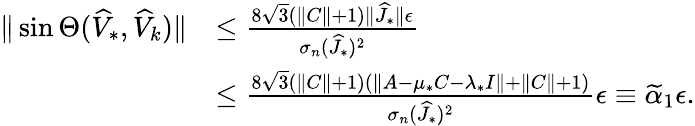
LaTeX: \begin{array}{rl}{\| \sin\Theta(\widehat{V}_{*},\widehat{V}_{k})\| }&{\leq\frac{8\sqrt{3}(\| C\| +1)\| \widehat{J}_{*}\| \epsilon}{\sigma_{n}(\widehat{J}_{*})^{2}}}\\ &{\leq\frac{8\sqrt{3}(\| C\| +1)(\| A-\mu_{*}C-\lambda_{*}I\| +\| C\| +1)}{\sigma_{n}(\widehat{J}_{*})^{2}}\epsilon\equiv\widetilde{\alpha}_{1}\epsilon.}\end{array}